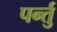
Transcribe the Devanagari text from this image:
पर्न्तु